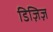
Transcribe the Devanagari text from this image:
डिज़िज़